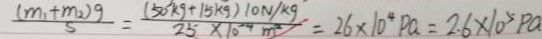
\frac { ( m _ { 1 } + m _ { 2 } ) g } { 5 } = \frac { ( 5 0 k g + 1 5 k g ) 1 0 N / k g } { 2 5 \times 1 0 ^ { 2 4 } m ^ { 2 } } = 2 6 \times 1 0 ^ { 4 } P a = 2 . 6 \times 1 0 ^ { 5 } P a